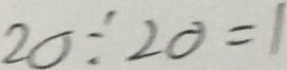
2 0 \div 2 0 = 1